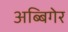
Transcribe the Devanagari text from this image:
अब्बिगेर